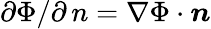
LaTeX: {\partial\Phi}/{\partial\, n}=\nabla\Phi\cdot\boldsymbol{n}